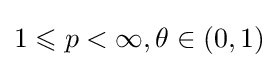
1\leqslant p<\infty ,\theta \in (0,1)